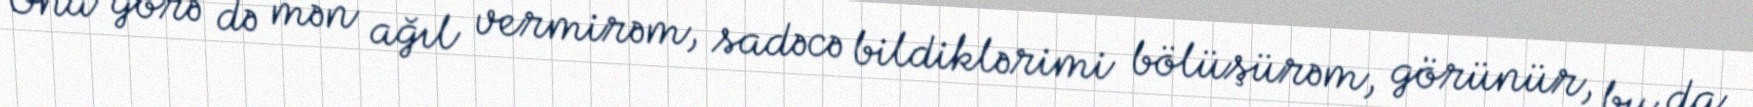
Ona görə də mən ağıl vermirəm, sadəcə bildiklərimi bölüşürəm, görünür, bu da